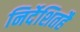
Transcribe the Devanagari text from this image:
निर्देशितहै